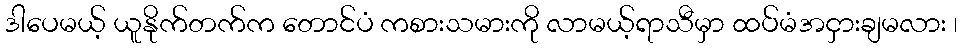
ဒါပေမယ့် ယူနိုက်တက်က တောင်ပံ ကစားသမားကို လာမယ့်ရာသီမှာ ထပ်မံအငှားချမလား ၊